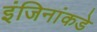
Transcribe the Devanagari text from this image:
इंजिनांकडे